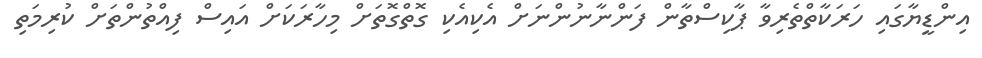
އިންޑީޔާގައި ހަރަކާތްތެރިވާ ޕާކިސްތާން ފަންނާނުންނަށް އެކިއެކި ގޮތްގޮތަށް މިހާރަކަށް އައިސް ފިއްތުންތަށް ކުރިމަތި